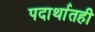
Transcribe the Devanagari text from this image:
पदार्थातही